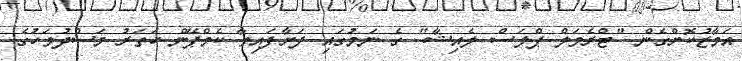
އަމާޒުކޮށްގެން "ޓްރެވަލް ޕްލަސް ލެއިޝާ" ގެ ނަމުގައި ފަށާފައިވާ ކެމްޕޭން ހަތަރު މަސްދުވަހުގެ